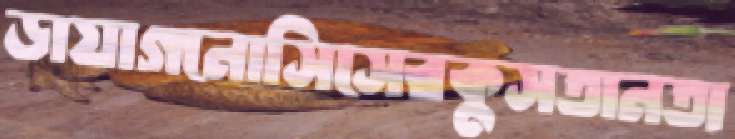
ডায়াগনোসিসেরকুসতানতা